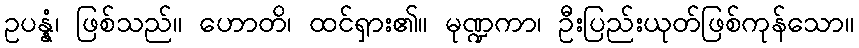
ဥပန္နံ၊ ဖြစ်သည်။ ဟောတိ၊ ထင်ရှား၏။ မုဏ္ဍကာ၊ ဦးပြည်းယုတ်ဖြစ်ကုန်သော။